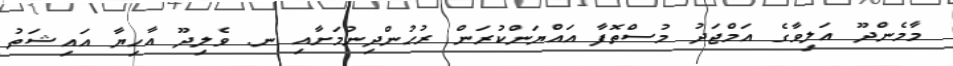
މާމެންދޫ އަލިވާގެ އަމްޖަދު މުސްތޮފާ އައްޔަންކުރަން ރުހުންދިނުމަށާއި ނ. ވެލިދޫ އާހިޔާ އައިޝަތު